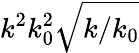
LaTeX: k^{2}k_{0}^{2}\sqrt{k/k_{0}}